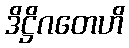
ဒိဋ္ဌိဂတေဟိ